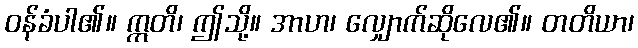
ဝန်ခံပါ၏။ ဣတိ၊ ဤသို့။ အာဟ၊ လျှောက်ဆိုလေ၏။ တတိယာ၊